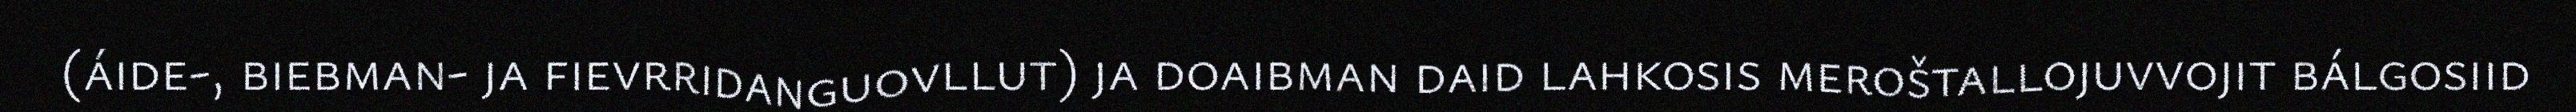
(áide-, biebman- ja fievrridanguovllut) ja doaibman daid lahkosis meroštallojuvvojit bálgosiid